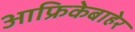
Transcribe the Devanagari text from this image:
आफ्रिकेबाहेर